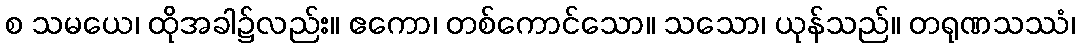
စ သမယေ၊ ထိုအခါ၌လည်း။ ဧကော၊ တစ်ကောင်သော။ သသော၊ ယုန်သည်။ တရုဏသဿံ၊